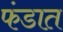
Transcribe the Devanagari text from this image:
फंडात